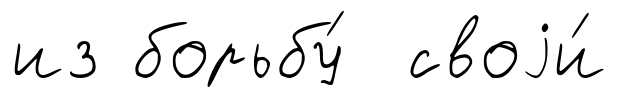
из борьбу́ своjи́